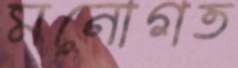
মনোগত